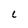
Character: l